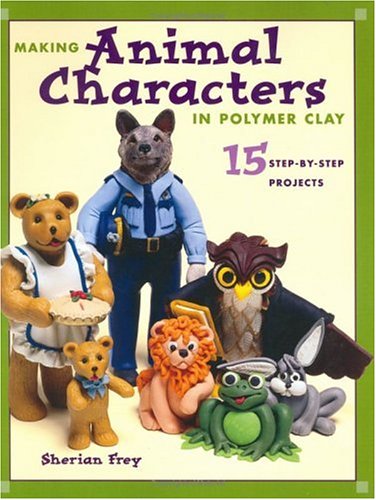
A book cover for Making Animal Characters in Polymer Clay; Sherian Frey; Crafts, Hobbies & Home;